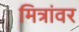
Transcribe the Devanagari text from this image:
मित्रांवर